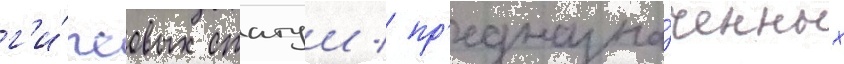
г'и́псовых статуи / пр'едназна́ченных